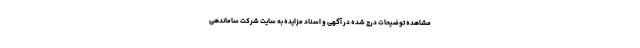
مشاهده توضیحات درج شده در آگهی و اسناد مزایده به سایت شرکت ساماندهی